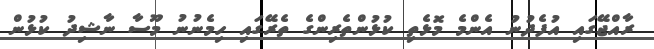
ރާއްޖޭގައި އުފެދުނު އެންމެ މޮޅެތި ކުޅުންތެރިންގެ ތެރޭގައި ހިމެނުނު މޫސާ ނާޝިދު ކުޅުން